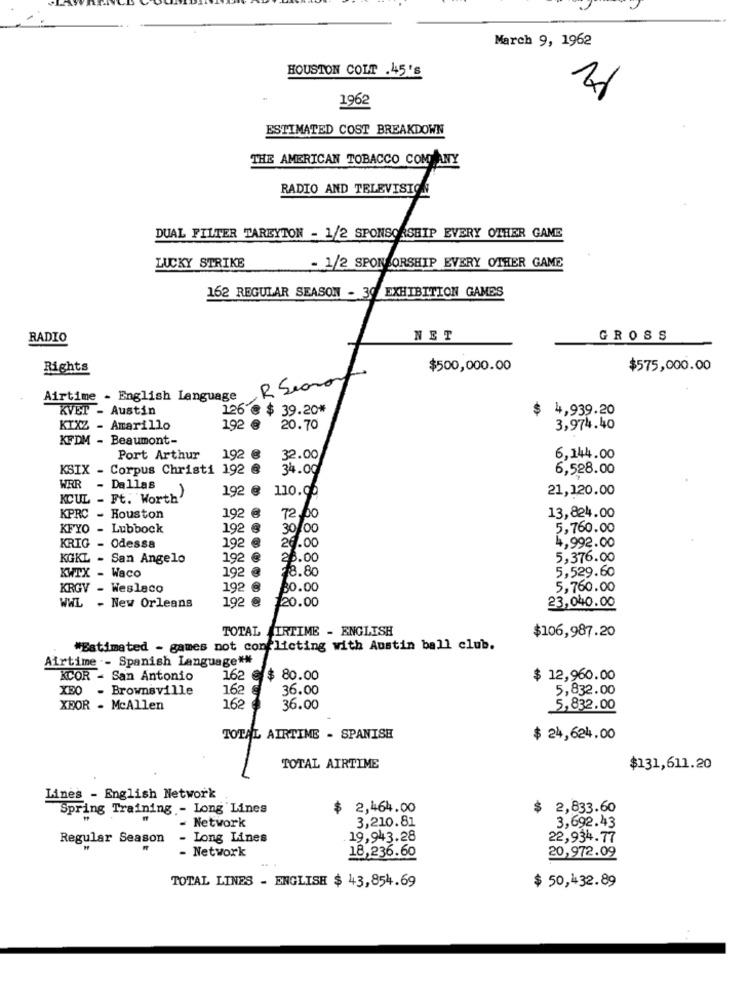
March 9, 1962
HOUSTON COLP .45's
1962
ESTIMATED COST BREAKDOWN
THE AMERICAN TOBACCO COM ANY
RADIO AND TELEVISION
DUAL FILTER TAREYTON - 1/2 SPONSORSHIP EVERY OTHER GAME
LUCKY STRIKE
- 1/2 SPONSORSHIP EVERY OTHER GAME
162 REGULAR SEASON - 30 EXHIBITION GAMES
RADIO
NET
GROSS
Rights
$500,000.00
$575,000.00
R Seano
Airtime - English Language
KVET - Austin
126 @ $ 39.20*
$
4,939.20
192 @
KIXZ - Amarillo
20.70
3,974.40
KFDM - Beaumont-
Port Arthur
192 @
32.00
6,144.00
KSIX - Corpus Christi 192 @
34.00
6,528.00
WRR - Dallas
192 @ 110.00
21,120.00
KCUL - Ft. Worth'
192
KPRC - Houston
72.00
13,824.00
KFYO - Lubbock
192
30/00
5,760.00
26.00
4,992.00
KRIG - Odessa
192 @
KGKL - San Angelo
192 @
28.00
5,376.00
KWTX - Waco
192
78.80
5,529.60
KRGV - Weslaco
192
80.00
5,760.00
WWL - New Orleans
192 @
120.00
23,040.00
TOTAL AIRTIME - ENGLISH
$106,987.20
"Estimated - games not conflicting with Austin ball club.
Airtime -- Spanish Language **
KCOR - San Antonio
162 @ $ 80.00
$ 12,960.00
XEO
- Brownsville
162
36.00
5,832.00
XBOR - McAllen
162
36.00
5,832.00
TOTAL AIRTIME - SPANISH
$ 24,624.00
TOTAL AIRTIME
$131,611.20
Lines - English Network
Spring Training - Long Lines
$ 2,464.00
$
2,833.60
- Network
3,210.81
3,692.43
Regular Season
- Long Lines
19,943.28
22,934.77
- Network
18,236.60
20,972.09
TOTAL LINES - ENGLISH $ 43,854.69
$ 50,432.89